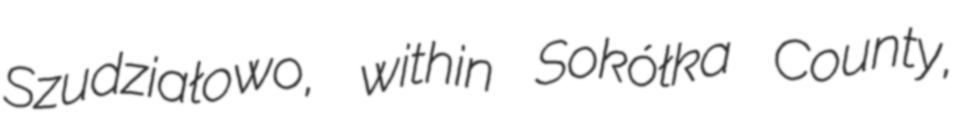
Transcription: Szudziałowo, within Sokółka County,